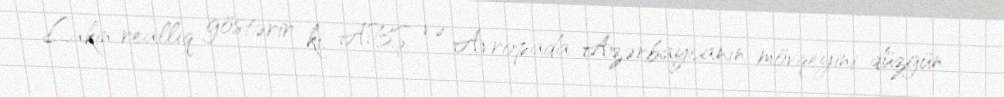
Lakin reallıq göstərir ki, ABŞ və Avropada Azərbaycanın mövqeyini düzgün